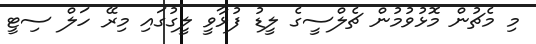
މި މެޗުން މޮޅުވުމުން ޗެލްސީގެ ލީޑު ފުޅާވީ ލީގުގައި މިރޭ ހަލް ސިޓީ